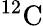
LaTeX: ^{12}\mathrm{C}